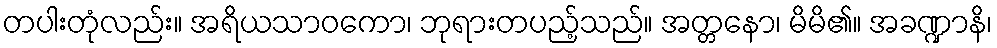
တပါးတုံလည်း။ အရိယသာဝကော၊ ဘုရားတပည့်သည်။ အတ္တနော၊ မိမိ၏။ အခဏ္ဍာနိ၊